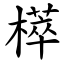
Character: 㯜